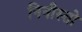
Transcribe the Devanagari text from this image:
निनीस्तो